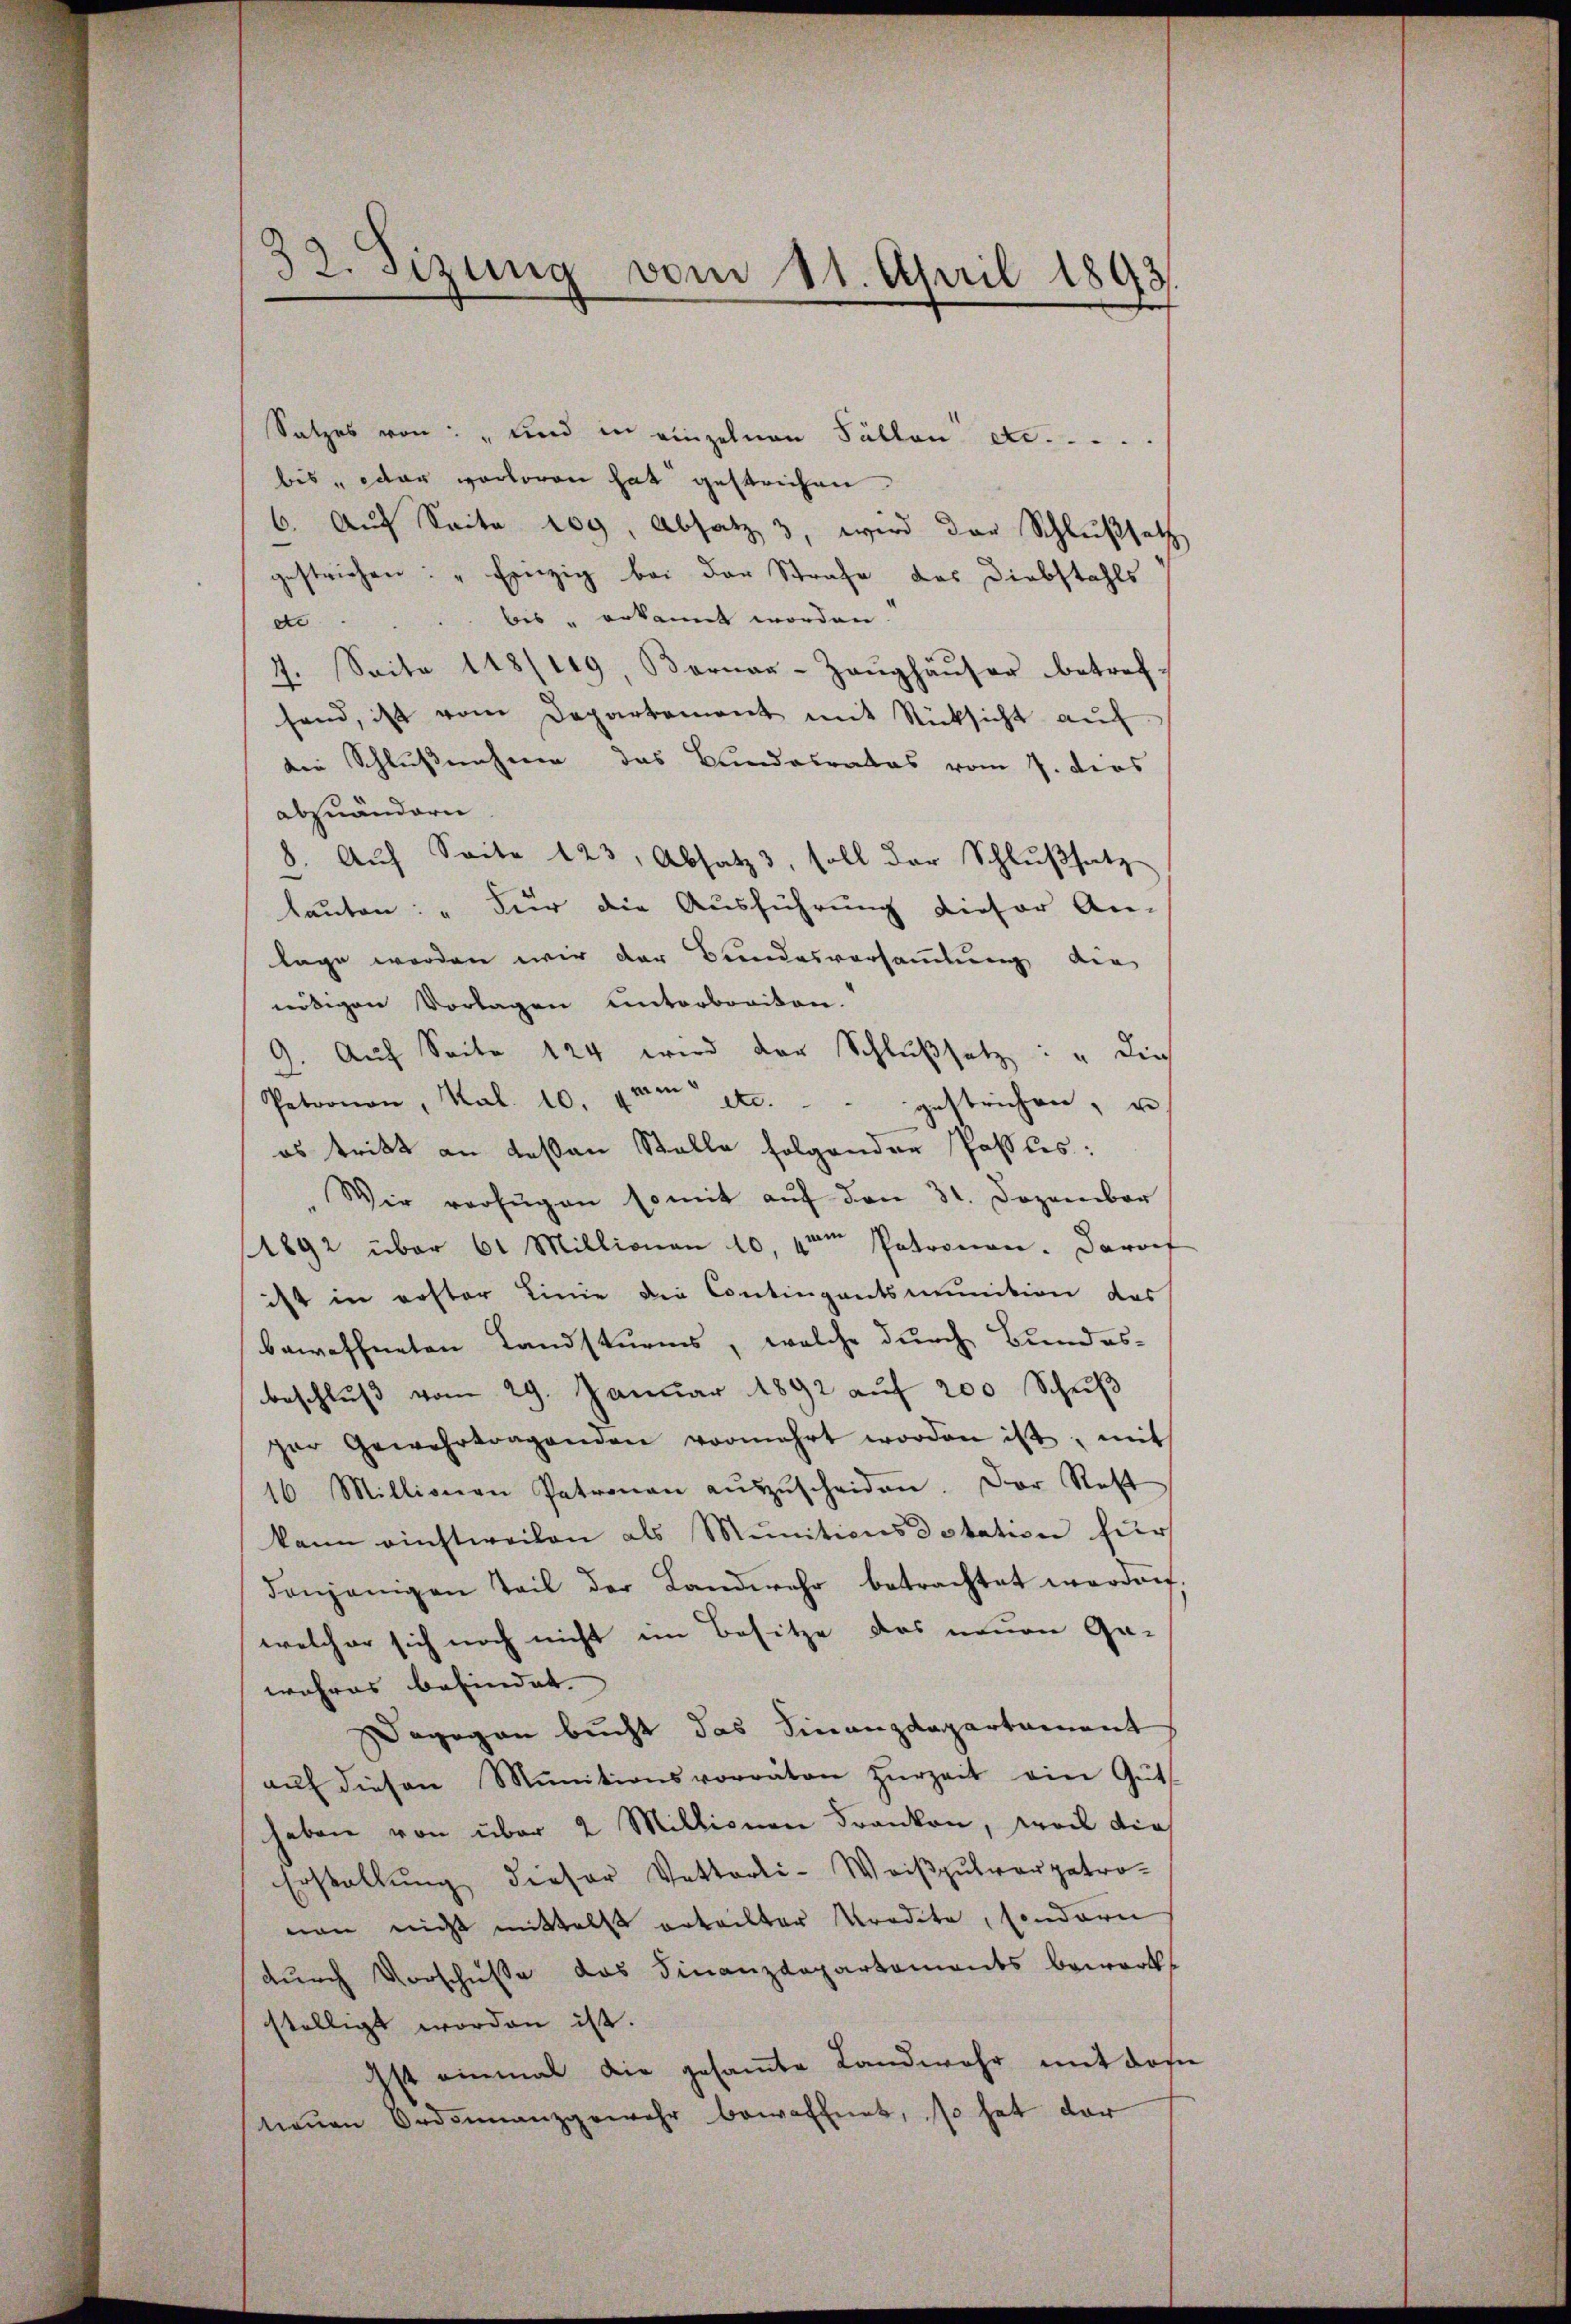
32. Sizung vom 11. April 1893
f

Satzes von: " und in einzelnen Fällen etc. .....
bis, oder verloren hat gestrichen
6. Auf Seite 109, Absatz 3, wird der Schlußsatz
gestrichen: " Einzig bei der Strafe das Diebstahls
dbis" bekannt worden.
7. Seite 118/119, Bornar-Zaŭghäŭser betref-
fand, ist vom Departement mit Rücksicht aŭf
die Schlussnahmen das Bundesrates vom 7. dies
abzuändern
8. Aŭf Seite 123, Absatz 3, soll der Schlŭβsatz
lauten: „Für die Ausführung dieser An-
lage werden wir der Bundesversammlung die
nötigen Vorlagen unterbreiten.
9. Aŭf Seite 124 wird der Schlußsatz: „die
Patronon, Kal. 10. um etc. gestrichen, u.
es tritt an deßen Stelle folgender Pallis:
Wir verfügen somit auf den 31. Dezember
1892 über 61 Millionen 10, 1ten Patronen. Darauf
ist in erster Linie die Contingantsmunition das
bewaffneten Landsturms, welche durch Bundes-
beschlŭβ vom 29. Januar 1892 aŭf 200 Schŭβ
ger Gewahrtragenden vermehrt worden ist, mit
16. Millionen Patronau aŭszŭscheiden. Der Rest
kann einstweilen als Munitionsdotation für
denjenigen Teil der Landwehr betrachtet werden,
welcher sich noch nicht im Besitze des neuen Ge-
wahres befindet.
Dagegen bucht das Finanzdepartament
aŭf diesen Munitionsvorräten zŭrzeit ein Gut
haben von über 2 Millionen Franken, weil dies
Erstellung dieser Vetterli-Waißpulver getroman nicht mittelst erteilter redete, sondern
durch Vorschüsse das Finanzdepartaments bewerke
stelligt worden ist.
Ist einmal die gesamte Landwehr mit das
neŭen Ordonnanzgewehr bewaffnet, so hat dar

e